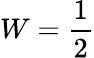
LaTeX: W=\frac{1}{2}